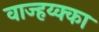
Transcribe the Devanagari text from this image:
वाज्हय्क्का